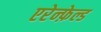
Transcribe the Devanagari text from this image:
एरेन्फ़ेल्ड